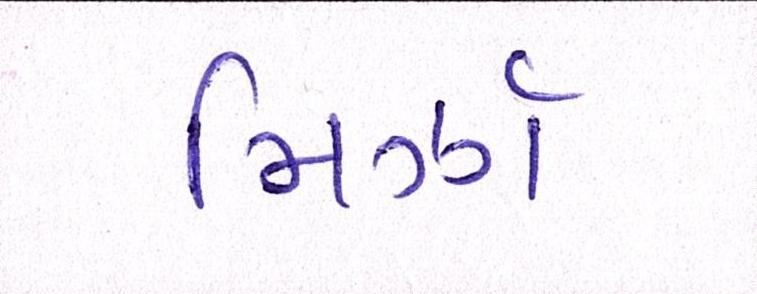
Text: મિર્ઝા